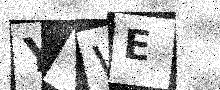
Text: YVWE